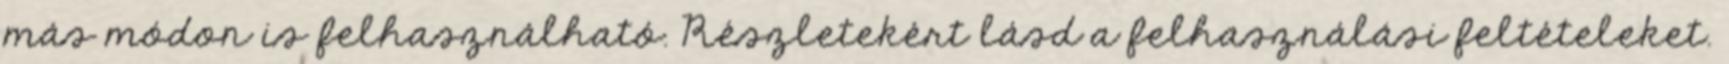
más módon is felhasználható. Részletekért lásd a felhasználási feltételeket.